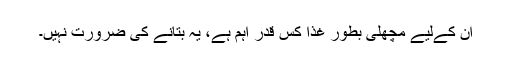
ان کےلیے مچھلی بطور غذا کس قدر اہم ہے، یہ بتانے کی ضرورت نہیں۔